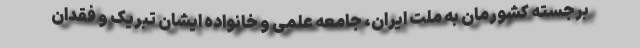
برجسته کشورمان به ملت ایران، جامعه علمی و خانواده ایشان تبریک و فقدان